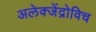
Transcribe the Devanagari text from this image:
अलेक्जेंद्रोविच